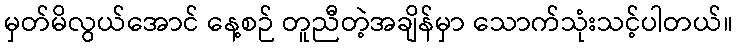
မှတ်မိလွယ်အောင် နေ့စဉ် တူညီတဲ့အချိန်မှာ သောက်သုံးသင့်ပါတယ်။